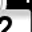
Digit: 2